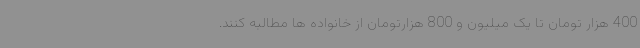
400 هزار تومان تا یک میلیون و 800 هزارتومان از خانواده ها مطالبه کنند.